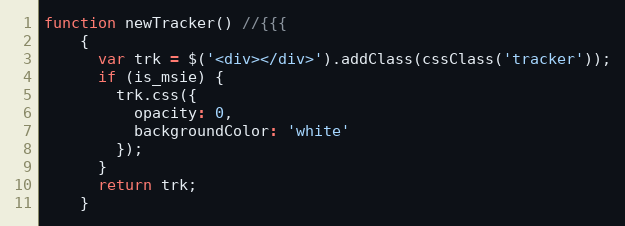
Language: JavaScript
function newTracker() //{{{
    {
      var trk = $('<div></div>').addClass(cssClass('tracker'));
      if (is_msie) {
        trk.css({
          opacity: 0,
          backgroundColor: 'white'
        });
      }
      return trk;
    }